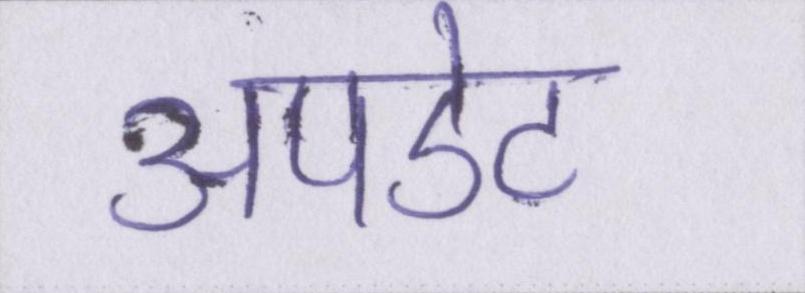
अपडेट